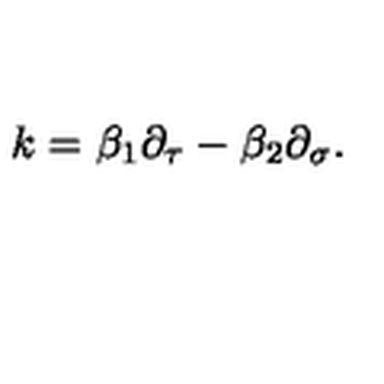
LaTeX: k = \beta _ { 1 } \partial _ { \tau } - \beta _ { 2 } \partial _ { \sigma } .